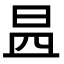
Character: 𣌬